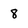
Character: 8